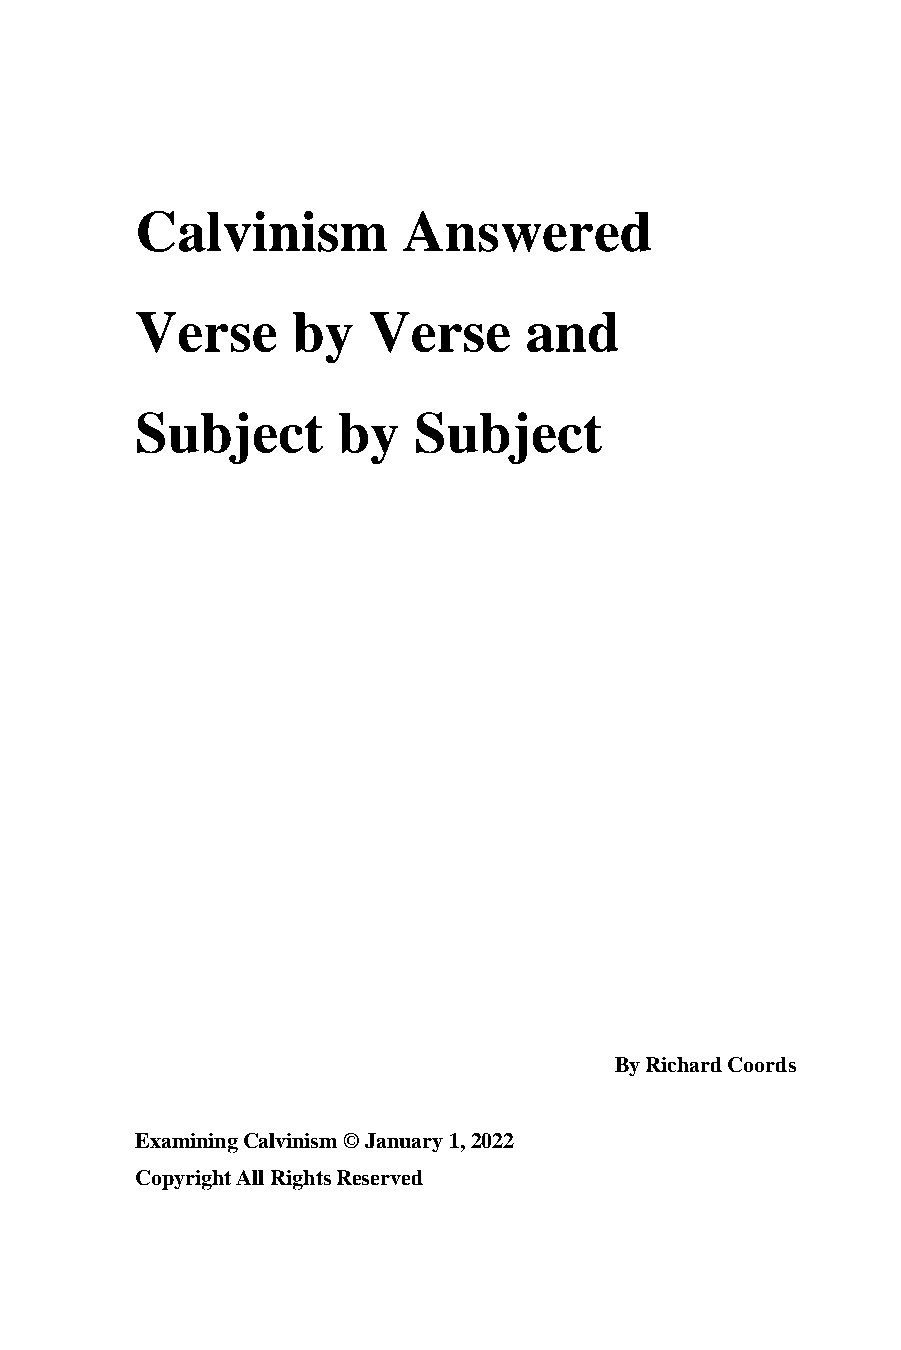
Calvinism         Answered
 Verse     by   Verse      and
 Subject      by   Subject
 By Richard Coords
 Examining Calvinism © January 1, 2022
 Copyright All Rights Reserved